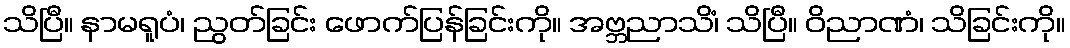
သိပြီ။ နာမရူပံ၊ ညွတ်ခြင်း ဖောက်ပြန်ခြင်းကို။ အဗ္ဘညာသိံ၊ သိပြီ။ ဝိညာဏံ၊ သိခြင်းကို။